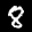
Label: 8